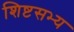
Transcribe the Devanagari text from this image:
शिष्टसभ्य